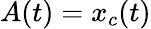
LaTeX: A(t)=x_{c}(t)